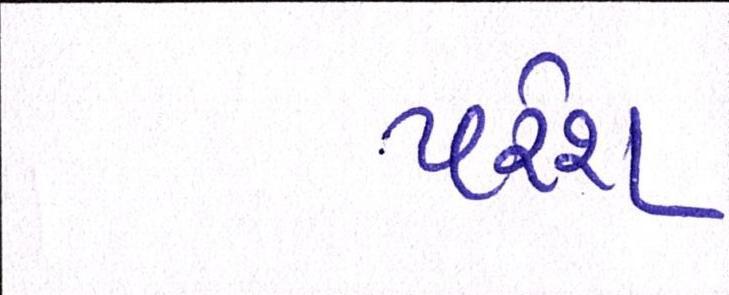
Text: પરેશ